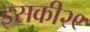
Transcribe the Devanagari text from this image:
इसकी२९